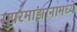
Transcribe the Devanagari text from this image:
सुपरमांझानामध्ये